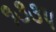
૧૩૩૫